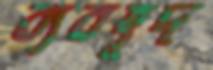
ব্যবহূদ